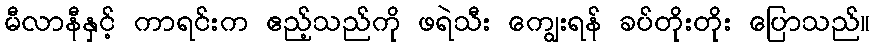
မီလာနီနှင့် ကာရင်းက ဧည့်သည်ကို ဖရဲသီး ကျွေးရန် ခပ်တိုးတိုး ပြောသည်။